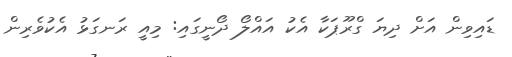
ޑައިވިން އަށް ދިޔަ ގްރޫޕަކާ އެކު އައްލޯ ދޯނީގައި: މިއީ ރަނގަޅު އެކުވެރިން